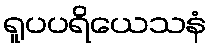
ရူပပရိယေသနံ